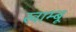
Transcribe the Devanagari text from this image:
खाम्बू